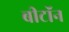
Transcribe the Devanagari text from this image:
बीटॉन